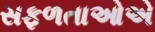
સફળતાઓએ